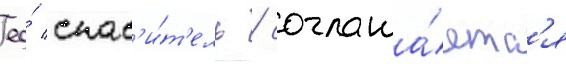
ео́ спас'и́т'ель / соглаша́етс'я